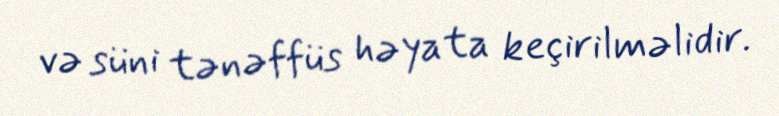
və süni tənəffüs həyata keçirilməlidir.